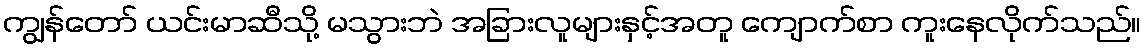
ကျွန်တော် ယင်းမာဆီသို့ မသွားဘဲ အခြားလူများနှင့်အတူ ကျောက်စာ ကူးနေလိုက်သည်။